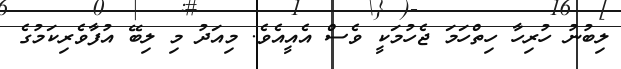
ލިބުނު ހުރިހާ ހިތްހަމަ ޖެހުމަކީ ވެސް އެއީއެވެ. މިއަދު މި ލިބޭ އުފާވެރިކަމުގެ